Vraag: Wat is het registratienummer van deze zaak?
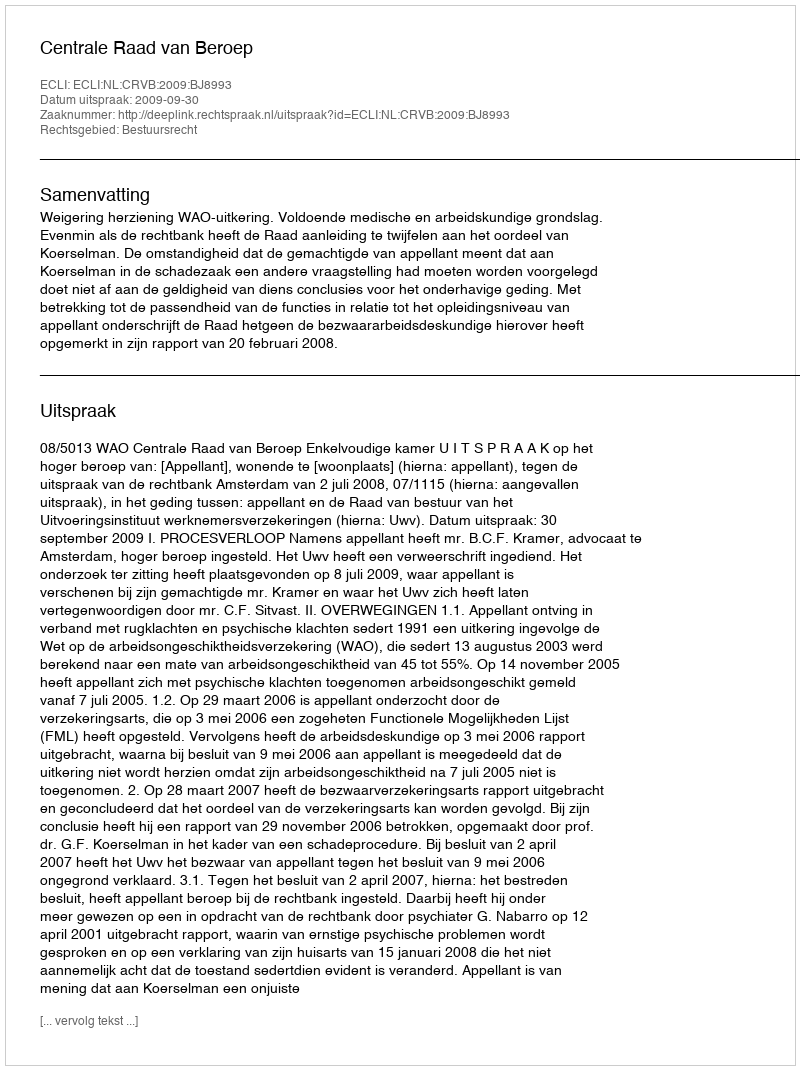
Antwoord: http://deeplink.rechtspraak.nl/uitspraak?id=ECLI:NL:CRVB:2009:BJ8993